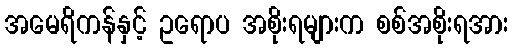
အမေရိကန်နှင့် ဥရောပ အစိုးရများက စစ်အစိုးရအား